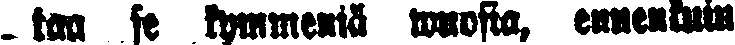
. taa se kymmeniä wuosia, ennenkuin